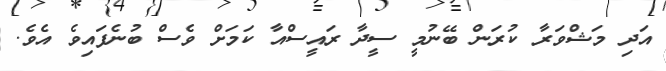
އަދި މަޝްވަރާ ކުރަން ބޭނުމީ ސީދާ ރައީސްއާ ކަމަށް ވެސް ބުނެފައިވެ އެވެ.